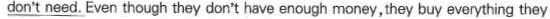
don't need.Even though they don't have enough money, they buy everything they